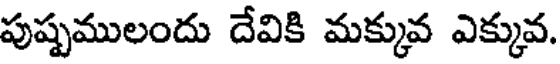
పుష్పములందు దేవికి మక్కువ ఎక్కువ.